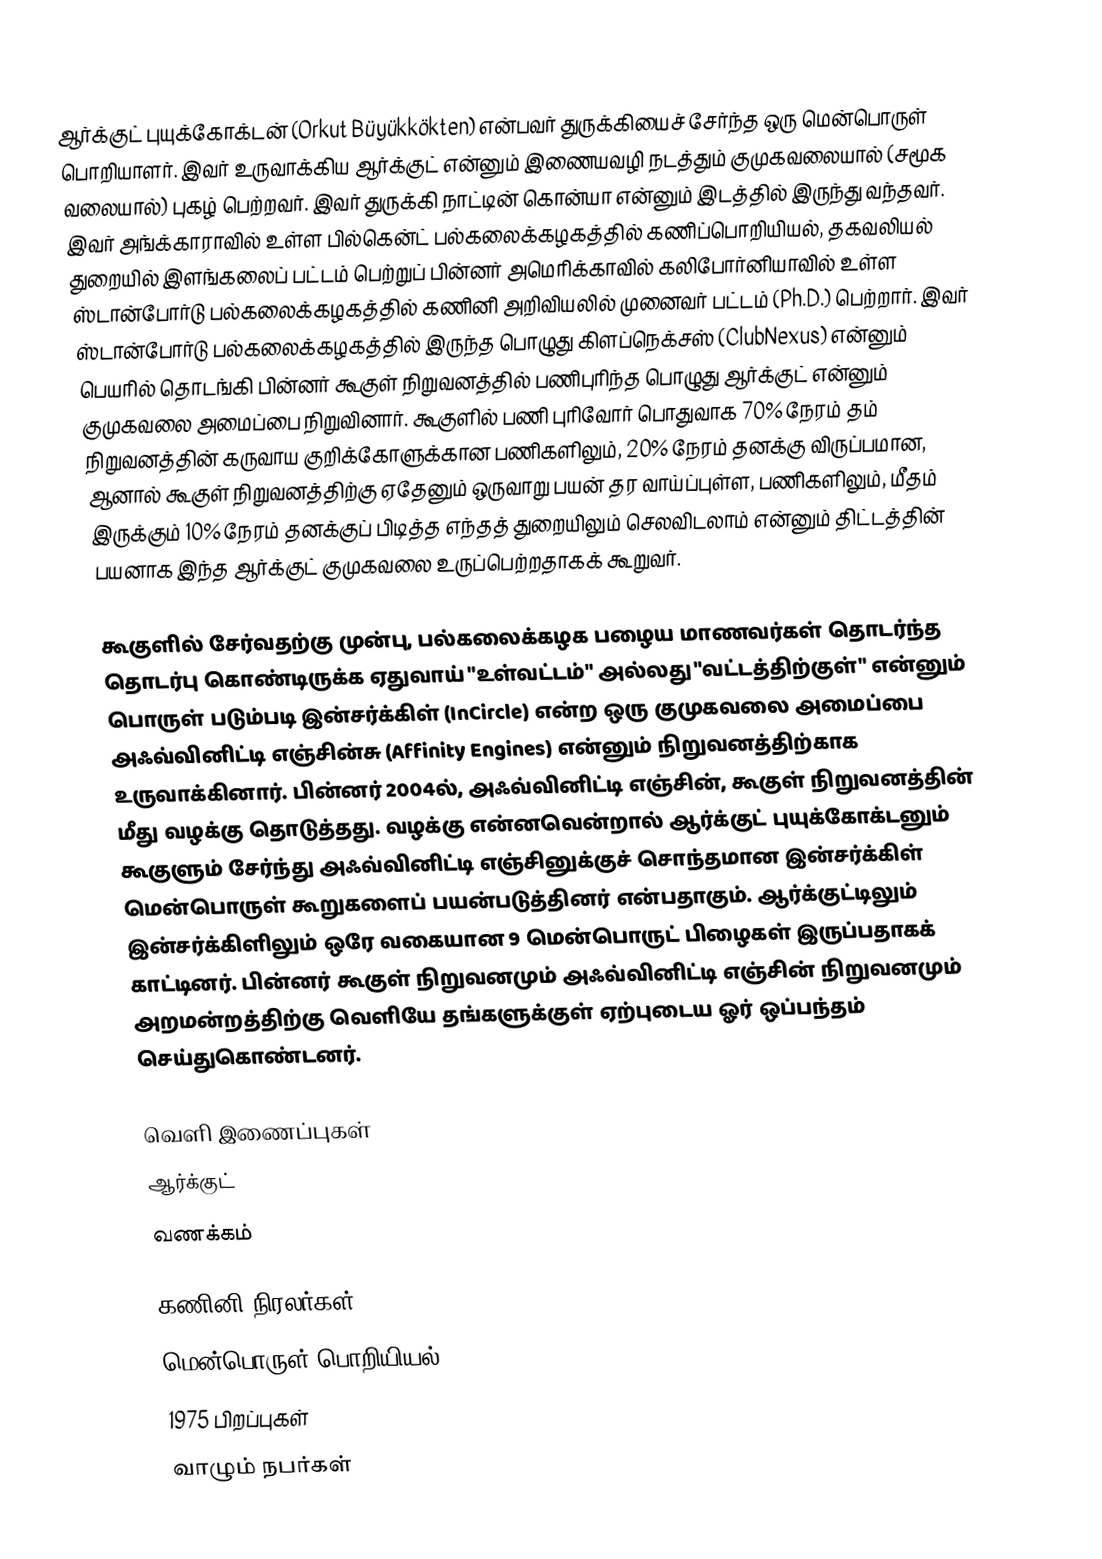
ஆர்க்குட் புயுக்கோக்டன் (Orkut Büyükkökten) என்பவர் துருக்கியைச் சேர்ந்த ஒரு மென்பொருள் பொறியாளர். இவர் உருவாக்கிய ஆர்க்குட் என்னும் இணையவழி நடத்தும் குமுகவலையால் (சமூக வலையால்) புகழ் பெற்றவர். இவர் துருக்கி நாட்டின் கொன்யா என்னும் இடத்தில் இருந்து வந்தவர்.  இவர்  அங்க்காராவில் உள்ள  பில்கென்ட் பல்கலைக்கழகத்தில் கணிப்பொறியியல், தகவலியல் துறையில் இளங்கலைப் பட்டம் பெற்றுப் பின்னர் அமெரிக்காவில் கலிபோர்னியாவில் உள்ள ஸ்டான்போர்டு பல்கலைக்கழகத்தில் கணினி அறிவியலில் முனைவர் பட்டம் (Ph.D.) பெற்றார்.  இவர் ஸ்டான்போர்டு பல்கலைக்கழகத்தில் இருந்த பொழுது கிளப்நெக்சஸ் (ClubNexus) என்னும் பெயரில் தொடங்கி பின்னர் கூகுள் நிறுவனத்தில் பணிபுரிந்த பொழுது ஆர்க்குட் என்னும் குமுகவலை அமைப்பை நிறுவினார். கூகுளில் பணி புரிவோர் பொதுவாக 70% நேரம் தம் நிறுவனத்தின் கருவாய குறிக்கோளுக்கான பணிகளிலும், 20% நேரம் தனக்கு விருப்பமான, ஆனால் கூகுள் நிறுவனத்திற்கு ஏதேனும் ஒருவாறு பயன் தர வாய்ப்புள்ள, பணிகளிலும், மீதம் இருக்கும் 10% நேரம் தனக்குப் பிடித்த எந்தத் துறையிலும் செலவிடலாம் என்னும் திட்டத்தின் பயனாக இந்த ஆர்க்குட் குமுகவலை உருப்பெற்றதாகக் கூறுவர்.

கூகுளில் சேர்வதற்கு முன்பு, பல்கலைக்கழக பழைய மாணவர்கள் தொடர்ந்த தொடர்பு கொண்டிருக்க ஏதுவாய் "உள்வட்டம்" அல்லது "வட்டத்திற்குள்" என்னும் பொருள் படும்படி இன்சர்க்கிள் (InCircle) என்ற ஒரு குமுகவலை அமைப்பை அஃவ்வினிட்டி எஞ்சின்சு (Affinity Engines) என்னும் நிறுவனத்திற்காக உருவாக்கினார். பின்னர் 2004ல், அஃவ்வினிட்டி எஞ்சின், கூகுள் நிறுவனத்தின் மீது வழக்கு தொடுத்தது. வழக்கு என்னவென்றால் ஆர்க்குட் புயுக்கோக்டனும் கூகுளும் சேர்ந்து அஃவ்வினிட்டி எஞ்சினுக்குச் சொந்தமான இன்சர்க்கிள் மென்பொருள் கூறுகளைப் பயன்படுத்தினர் என்பதாகும். ஆர்க்குட்டிலும் இன்சர்க்கிளிலும் ஒரே வகையான 9 மென்பொருட் பிழைகள் இருப்பதாகக் காட்டினர். பின்னர் கூகுள் நிறுவனமும் அஃவ்வினிட்டி எஞ்சின் நிறுவனமும் அறமன்றத்திற்கு வெளியே தங்களுக்குள் ஏற்புடைய ஓர் ஒப்பந்தம் செய்துகொண்டனர்.

வெளி இணைப்புகள்
 ஆர்க்குட்
 வணக்கம்

கணினி நிரலர்கள்
மென்பொருள் பொறியியல்
1975 பிறப்புகள்
வாழும் நபர்கள்